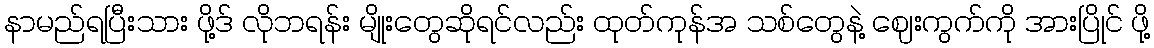
နာမည်ရပြီးသား ဖို့ဒ် လိုဘရန်း မျိုးတွေဆိုရင်လည်း ထုတ်ကုန်အ သစ်တွေနဲ့ ဈေးကွက်ကို အားပြိုင် ဖို့